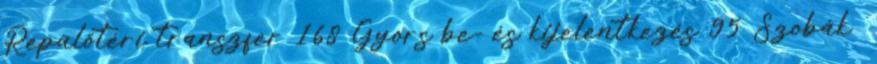
Repülőtéri transzfer 168 Gyors be- és kijelentkezés 95 Szobák